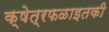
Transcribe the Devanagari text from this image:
क्षेत्रफळाइतकी